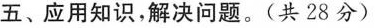
五、应用知识，解决问题。（共28分）